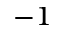
^ { - 1 }